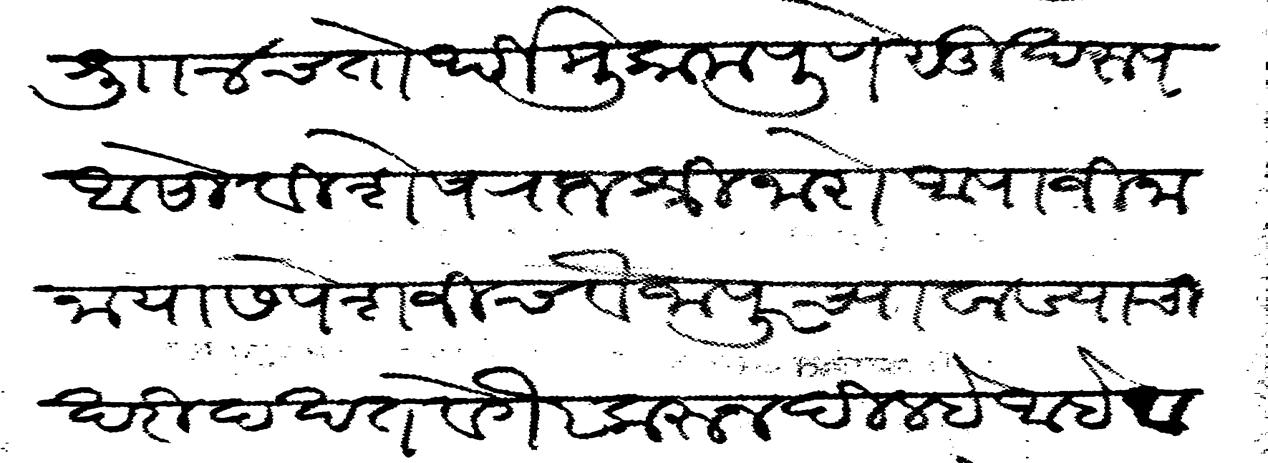
Transliteration (Devanagari): शु ४ चतोर्थी मुकाम पुणे सुखरूप असो विशेष राजश्री नारो आपाजी नाना यास पेशजी च वैजापूरच्या वाड्याचा खरीद खत वगैर करून दिल्हे आहे व